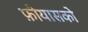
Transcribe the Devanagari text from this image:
फ़ीयासको